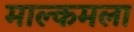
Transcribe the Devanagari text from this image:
माल्कमला